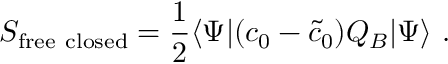
S _ { \mathrm { f r e e ~ c l o s e d } } = { \frac { 1 } { 2 } } \langle \Psi | ( c _ { 0 } - { \tilde { c } } _ { 0 } ) Q _ { B } | \Psi \rangle \ .